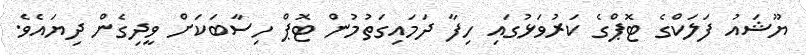
ޔޫޝައު ފަލަކްގެ ޓޮޕްގެ ކަރުވަޅުގައި ހިފާ ދަމައިގަތުމުން ޓޮޕް ހިސާބަކަށް ވީދިގެން ދިޔައެވެ.